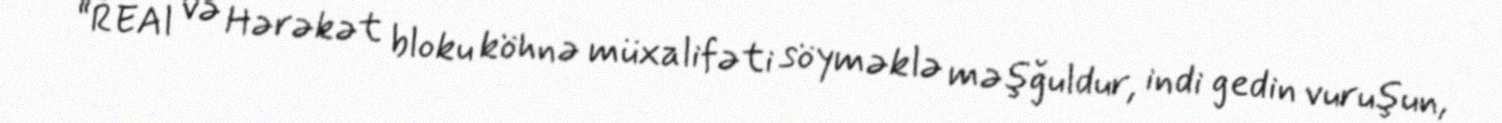
“REAl və Hərəkət bloku köhnə müxalifəti söyməklə məşğuldur, indi gedin vuruşun,